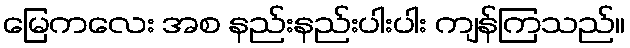
မြေကလေး အစ နည်းနည်းပါးပါး ကျန်ကြသည်။